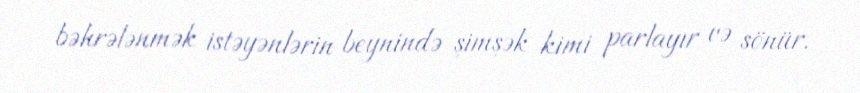
bəhrələnmək istəyənlərin beynində şimşək kimi parlayır və sönür.